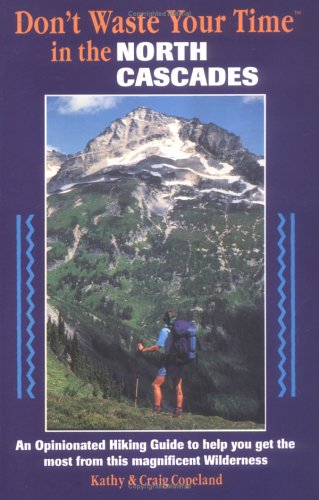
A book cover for Don't Waste Your Time in the North Cascades: An Opinionated Hiking Guide to Help You Get the Most from This Magnificent Wilderness; Kathy Copeland; Travel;